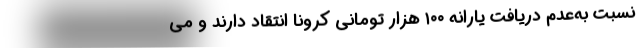
نسبت به‌عدم دریافت یارانه ۱۰۰ هزار تومانی کرونا انتقاد دارند و می